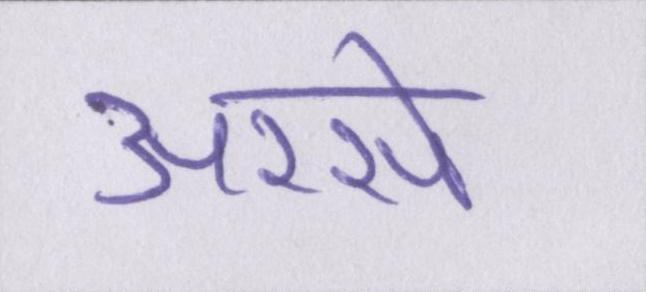
अरसे